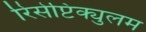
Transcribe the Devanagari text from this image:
रिसेप्टिक्युलम